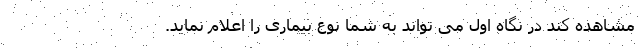
مشاهده کند در نگاه اول می تواند به شما نوع بیماری را اعلام نماید.